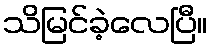
သိမြင်ခဲ့လေပြီ။